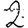
Digit: 2